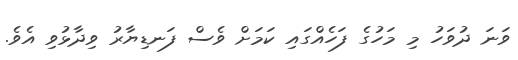
ވަނަ ދުވަހު މި މަހުގެ ފަހެއްގައި ކަމަށް ވެސް ފަނޑިޔާރު ވިދާޅުވި އެވެ.